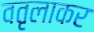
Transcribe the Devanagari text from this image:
वतृलाकर